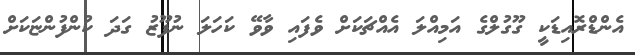
އެންޑްރޮއިޑަކީ ގޫގުލްގެ އަމިއްލަ އެއްޗަކަށް ވެފައި ވާވޭ ކަހަލަ ނުފޫޒު ގަދަ ކުންފުންޏަކަށް